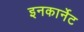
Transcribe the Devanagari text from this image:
इनकार्नेट